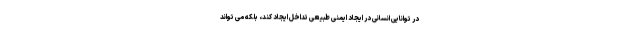
در توانایی انسانی در ایجاد ایمنی طبیعی تداخل ایجاد کند، بلکه می تواند